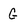
Character: G